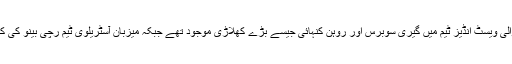
فرینک وارل کی قیادت والی ویسٹ انڈیز ٹیم میں گیری سوبرس اور روہن کنہائی جیسے بڑے کھلاڑی موجود تھے جبکہ میزبان آسٹریلوی ٹیم رچی بینو کی کپتانی میں کھیل رہی تھی۔